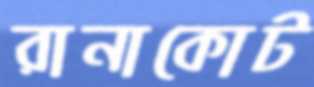
রানাকোট